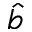
\widehat { b }